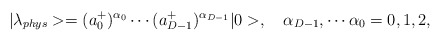
\begin{align*}|\lambda_{phys} > = (a_0^+)^{\alpha_0} \cdots (a_{D-1}^+)^{\alpha_{D-1}} |0>,\ \ \ \alpha_{D-1}, \cdots \alpha_0=0,1,2,\end{align*}